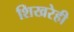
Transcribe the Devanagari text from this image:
शिखरेही